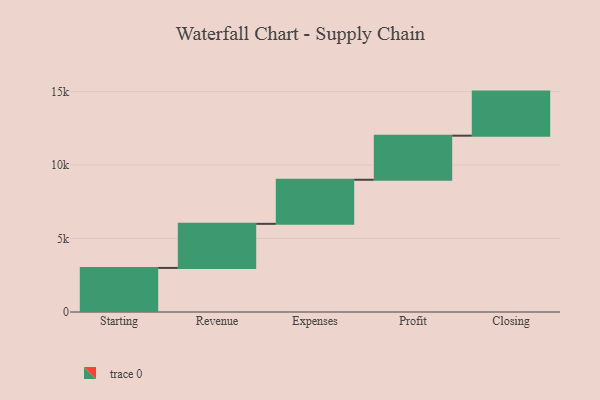
{"axis": {"x": "Step", "y": "Value"}, "legend": [""], "data": [{"x": "Starting", "y": 3000, "type": ""}, {"x": "Revenue", "y": 3000, "type": ""}, {"x": "Expenses", "y": 3000, "type": ""}, {"x": "Profit", "y": 3000, "type": ""}, {"x": "Closing", "y": 3000, "type": ""}]}